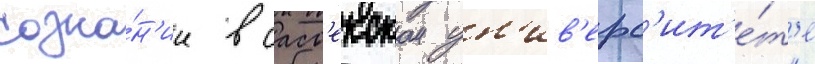
созна́н'ии в сасс'екском ун'ив'ерс'ит'е́т'е